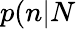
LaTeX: p(n|N